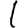
Digit: 1